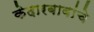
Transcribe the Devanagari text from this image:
केदारबाबांचे